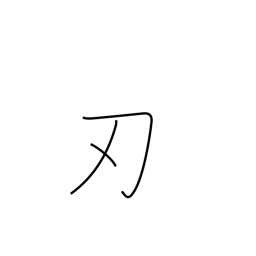
Meaning: edge